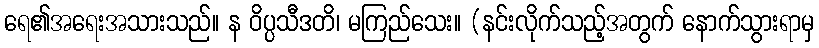
ရေ၏အရေးအသားသည်။ န ဝိပ္ပသီဒတိ၊ မကြည်သေး။ (နင်းလိုက်သည့်အတွက် နောက်သွားရာမှ